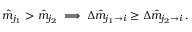
\hat { m } _ { j _ { 1 } } > \hat { m } _ { j _ { 2 } } \implies \Delta \hat { m } _ { j _ { 1 } \rightarrow i } \geq \Delta \hat { m } _ { j _ { 2 } \rightarrow i } \, .